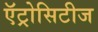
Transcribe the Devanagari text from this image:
ऍट्रोसिटीज